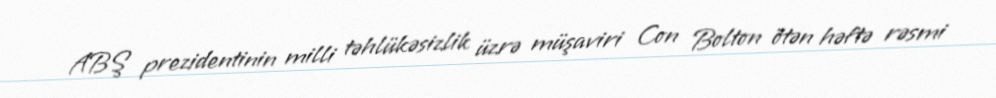
ABŞ prezidentinin milli təhlükəsizlik üzrə müşaviri Con Bolton ötən həftə rəsmi